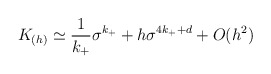
\begin{align*}K_{(h)}\simeq {1\over k_+}\sigma^{k_+}+h\sigma^{4k_++d}+O(h^2)\end{align*}